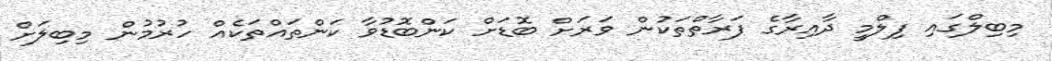
މިބިލްގައި ފިލްމީ ދާއިރާގެ ފަރާތްތަކުން ވަރަށް ބޮޑަށް ކަންބޮޑުވާ ކަންތައްތަކެއް ހުރުމުން މިބިލަށް